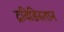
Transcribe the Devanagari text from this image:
द्रविडिस्तान